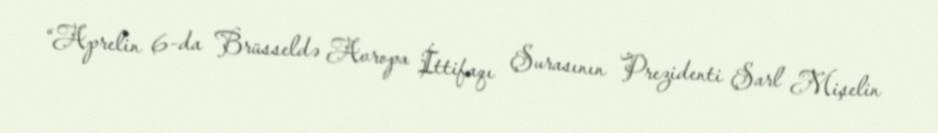
“Aprelin 6-da Brüsseldə Avropa İttifaqı Şurasının Prezidenti Şarl Mişelin